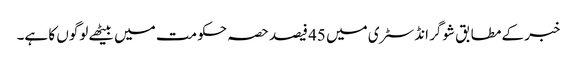
خبر کے مطابق شوگر انڈسٹری میں 45 فیصد حصہ حکومت میں بیٹھے لوگوں کا ہے۔